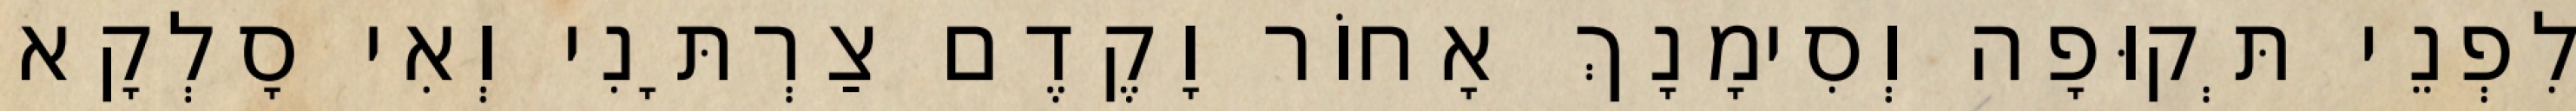
לִפְנֵי תְּקוּפָה וְסִימָנָךְ אָחוֹר וָקֶדֶם צַרְתָּנִי וְאִי סָלְקָא